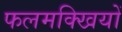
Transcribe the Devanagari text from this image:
फलमक्खियों